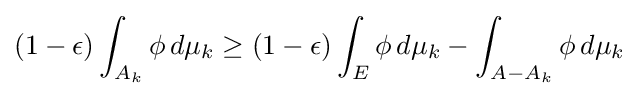
(1-\epsilon )\int _{A_{k}}\phi \,d\mu _{k}\geq (1-\epsilon )\int _{E}\phi \,d\mu _{k}-\int _{A-A_{k}}\phi \,d\mu _{k}